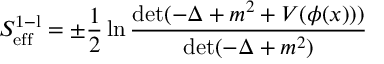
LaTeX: S _ { \mathrm { e f f } } ^ { \mathrm { 1 - l } } = \pm \frac { 1 } { 2 } \ln \frac { \operatorname * { d e t } ( - \Delta + m ^ { 2 } + V ( \phi ( x ) ) ) } { \operatorname * { d e t } ( - \Delta + m ^ { 2 } ) }